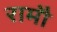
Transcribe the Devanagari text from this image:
रामौ